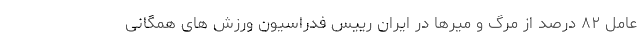
عامل ۸۲ درصد از مرگ و میرها در ایران رییس فدراسیون ورزش های همگانی